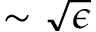
\sim \sqrt { \epsilon }